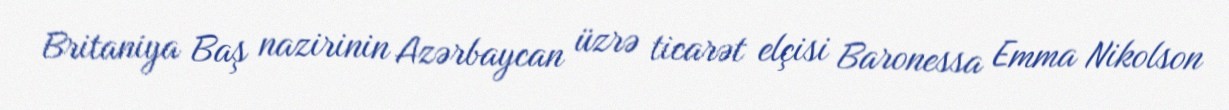
Britaniya Baş nazirinin Azərbaycan üzrə ticarət elçisi Baronessa Emma Nikolson